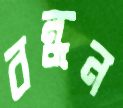
বন্ধন